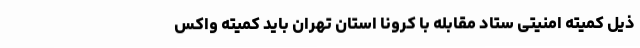
ذیل کمیته امنیتی ستاد مقابله با کرونا استان تهران باید کمیته واکس